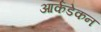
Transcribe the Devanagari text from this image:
आर्कडेकन